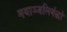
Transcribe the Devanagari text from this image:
मयाञ्जलिर्बद्धो